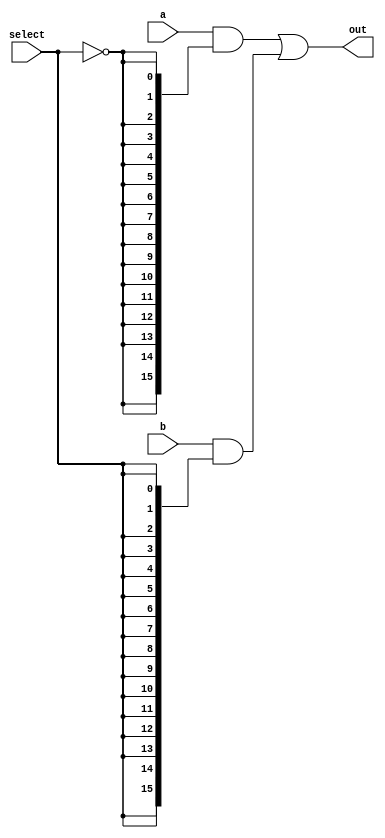
module mux_2_1(select, out, a, b);
input select;
input [15:0] a, b;
output [15:0] out;

//assign out = (select)? b: a;

wire [15:0] and1, and2;
//and [15:0] iAND1(and1, a, select);
assign and1 = a & {16{~select}};
assign and2 = b & {16{select}};
assign out = and1 | and2;
endmodule